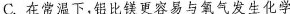
C.在常温下，铝比铁更容易与氧气发生化学